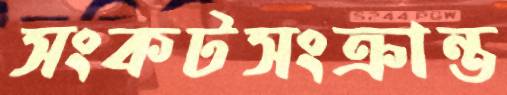
সংকটসংক্রান্ত